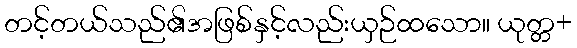
တင့်တယ်သည်၏အဖြစ်နှင့်လည်းယှဉ်ထသော။ ယုတ္တ+